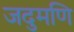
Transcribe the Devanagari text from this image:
जदुमणि